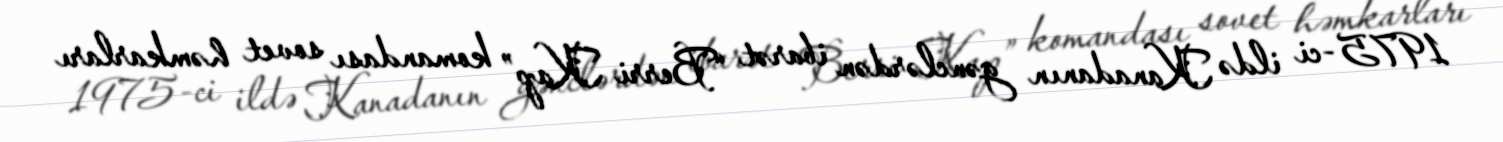
1975-ci ildə Kanadanın gənclərdən ibarət “Berri Kap” komandası sovet həmkarları